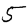
Digit: 5